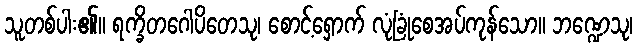
သူတစ်ပါး၏။ ရက္ခိတဂေါပိတေသု၊ စောင့်ရှောက် လုံခြုံစေအပ်ကုန်သော။ ဘဏ္ဍေသု၊